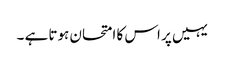
یہیں پر اس کا امتحان ہوتا ہے ۔